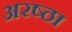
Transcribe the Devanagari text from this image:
अरष्ठा